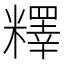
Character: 𥼶